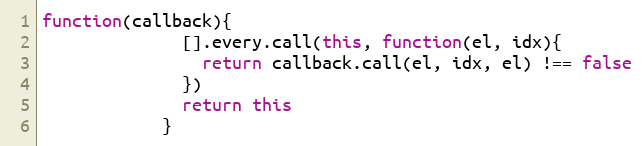
Language: JavaScript
function(callback){
              [].every.call(this, function(el, idx){
                return callback.call(el, idx, el) !== false
              })
              return this
            }